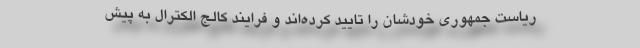
ریاست جمهوری خودشان را تایید کرده‌اند و فرایند کالج الکترال به پیش